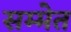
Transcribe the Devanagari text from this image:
सम्मेत